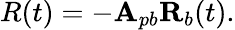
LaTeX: R(t)=-\mathbf{A}_{pb}\mathbf{R}_{b}(t).